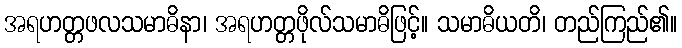
အရဟတ္တဖလသမာဓိနာ၊ အရဟတ္တဖိုလ်သမာဓိဖြင့်။ သမာဓိယတိ၊ တည်ကြည်၏။